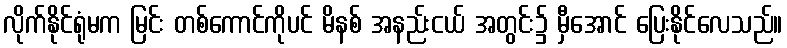
လိုက်နိုင်ရုံမက မြင်း တစ်ကောင်ကိုပင် မိနစ် အနည်းငယ် အတွင်း၌ မှီအောင် ပြေးနိုင်လေသည်။